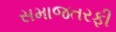
સમાજતરફી